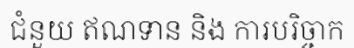
ជំនួយ ឥណទាន និង ការបរិច្ចាក